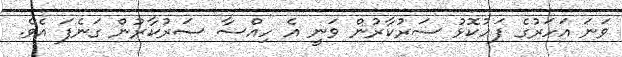
ވަނަ އަހަރުގެ ފަހުކޮޅު ސަރުކާރުން ވަނީ އެ ހިއްސާ ސަރުކާރުން ގަނެފަ އެވެ.